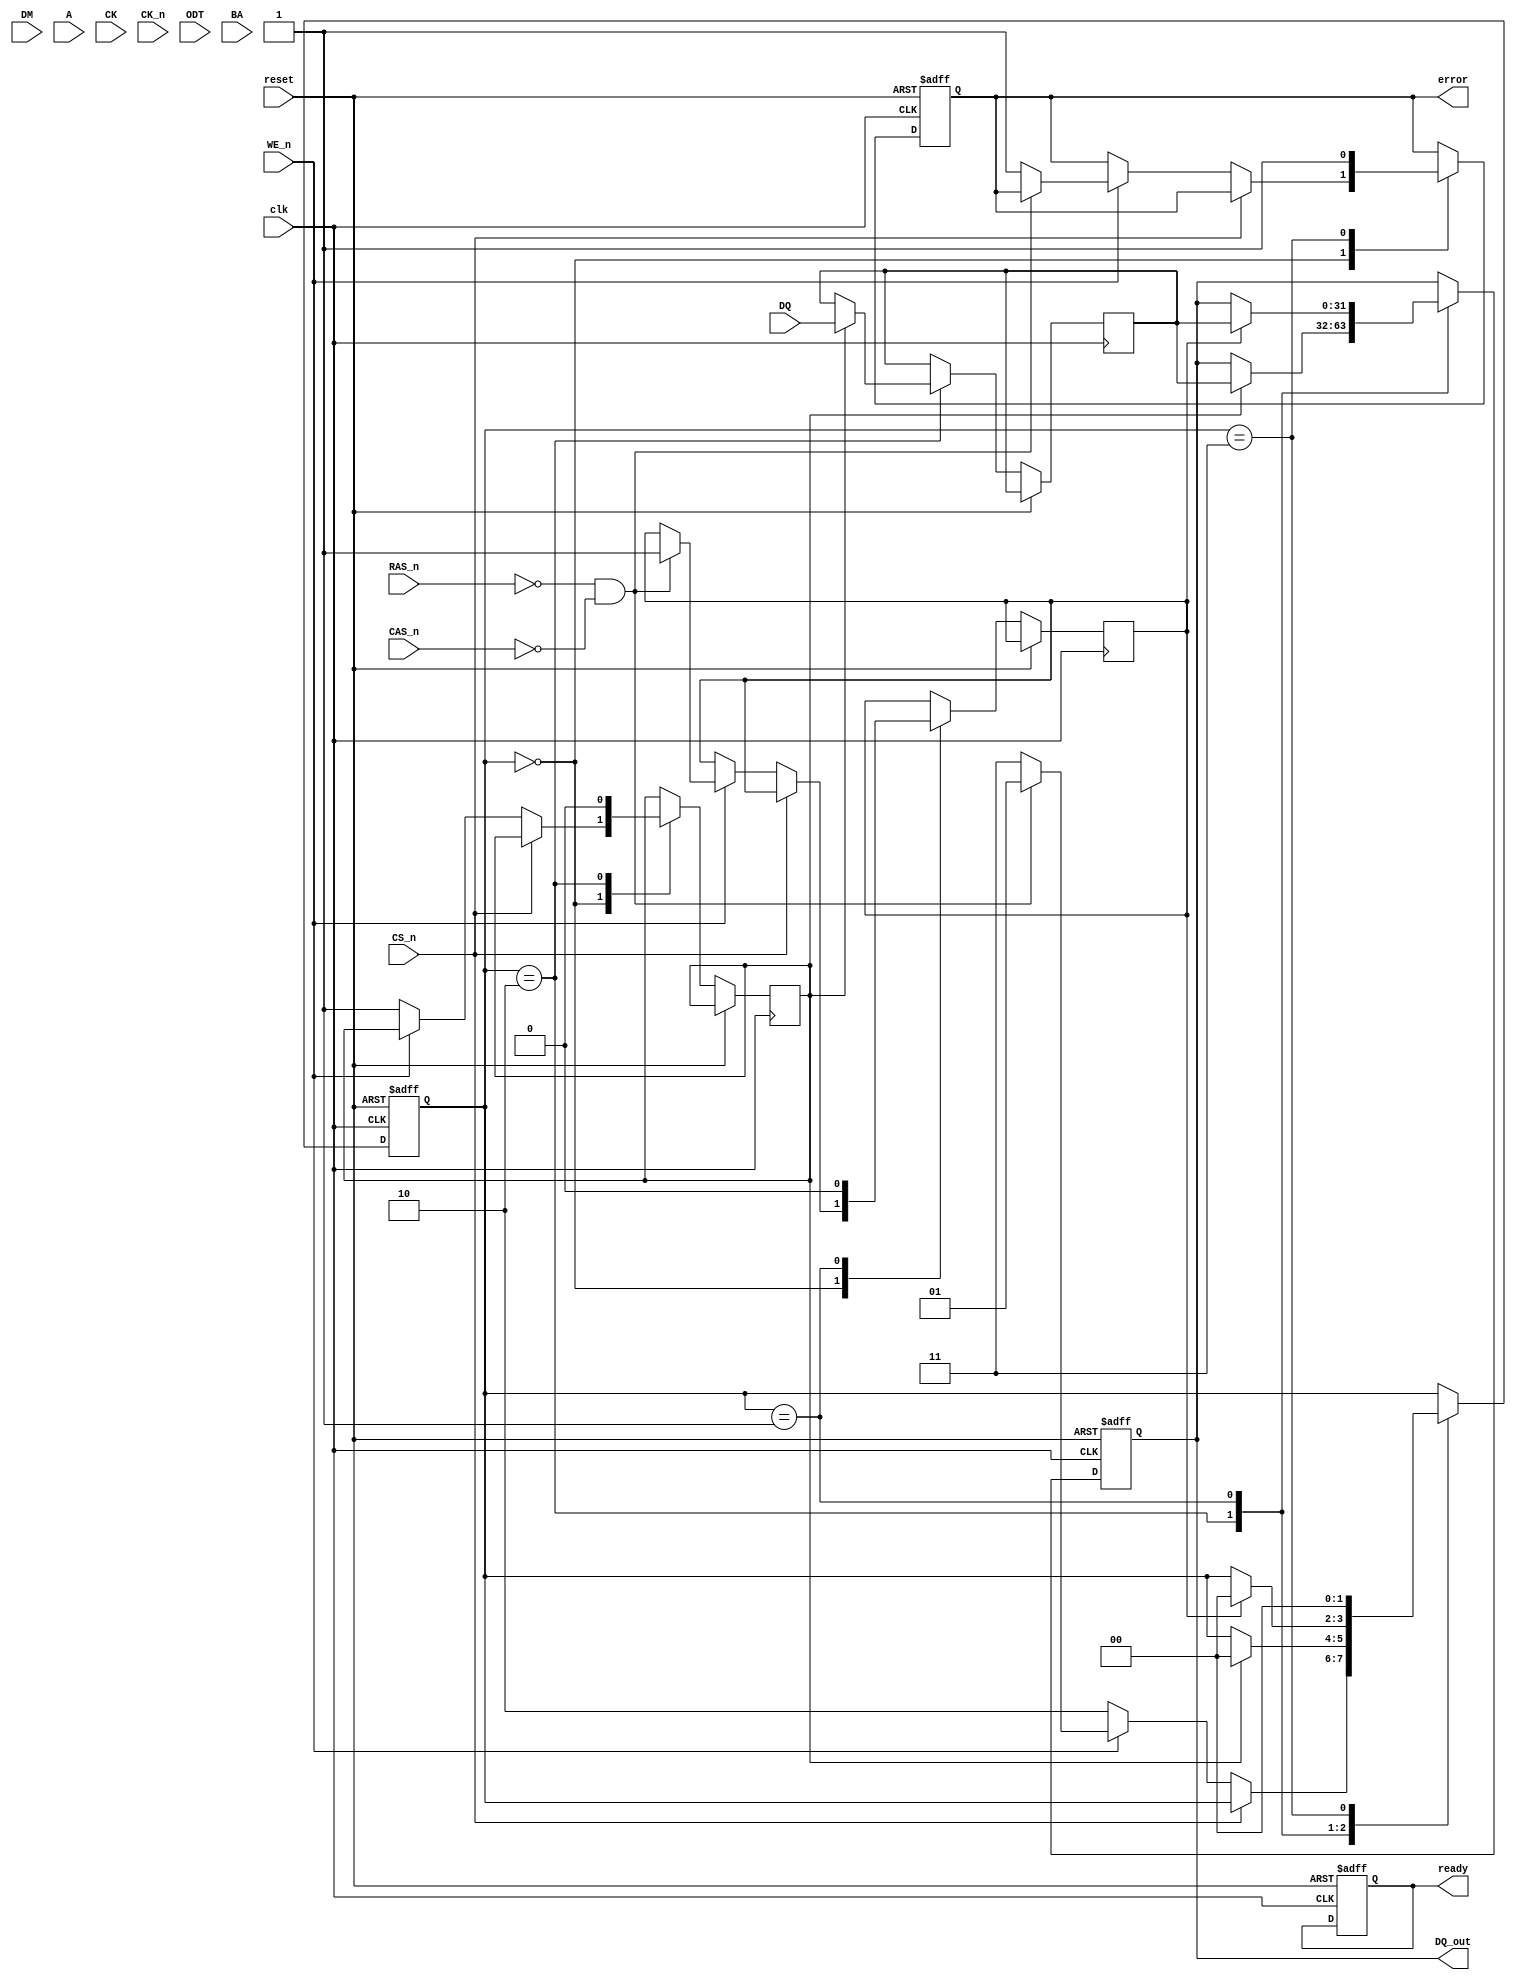
module LPDDR4_IO_Block (
    input wire [31:0] DQ,         // Data lines (32 bits)
    input wire [3:0] DM,          // Data mask lines (4 bits)
    input wire [15:0] A,          // Address lines (16 bits)
    input wire CK,                // Clock signal
    input wire CK_n,              // Inverted clock signal
    input wire ODT,               // On-die termination control
    input wire CS_n,              // Chip select (active low)
    input wire RAS_n,             // Row address strobe (active low)
    input wire CAS_n,             // Column address strobe (active low)
    input wire WE_n,              // Write enable (active low)
    input wire [1:0] BA,          // Bank address (2 bits)
    output reg [31:0] DQ_out,     // Data output (32 bits)
    output reg ready,             // Ready signal
    output reg error,             // Error signal
    input wire clk,               // Interface clock for internal logic
    input wire reset               // Asynchronous reset
);

// Internal signals
reg [31:0] data_reg;
reg [15:0] addr_reg;
reg [3:0] dm_reg;
reg write_enable;
reg read_enable;

// State definitions
localparam IDLE = 2'b00,
           READ = 2'b01,
           WRITE = 2'b10,
           ERROR = 2'b11;

reg [1:0] state;

// Clock domain synchronization
always @(posedge clk or posedge reset) begin
    if (reset) begin
        state <= IDLE;
        ready <= 1'b0;
        error <= 1'b0;
        DQ_out <= 32'b0;
    end else begin
        case (state)
            IDLE: begin
                if (!CS_n) begin // Chip select is active
                    if (!WE_n) begin // Write operation
                        write_enable <= 1'b1;
                        state <= WRITE;
                    end else if (!RAS_n && !CAS_n) begin // Read operation
                        read_enable <= 1'b1;
                        state <= READ;
                    end else begin
                        error <= 1'b1; // Invalid command
                        state <= ERROR;
                    end
                end
            end
            
            WRITE: begin
                if (write_enable) begin
                    data_reg <= DQ; // Capture data
                    dm_reg <= DM;   // Capture data mask
                    // Additional logic to handle write operation
                    DQ_out <= data_reg;
                    write_enable <= 1'b0;
                    state <= IDLE;  // Return to idle
                end
            end
            
            READ: begin
                if (read_enable) begin
                    // Additional logic to handle read operation
                    DQ_out <= data_reg; // Output captured data
                    read_enable <= 1'b0;
                    state <= IDLE; // Return to idle
                end
            end
            
            ERROR: begin
                // Handle error state
                error <= 1'b1; // Set error flag
                state <= IDLE; // Return to idle
            end
            
            default: state <= IDLE; // Default state
        endcase
    end
end

endmodule